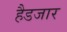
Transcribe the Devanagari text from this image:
हैडजार